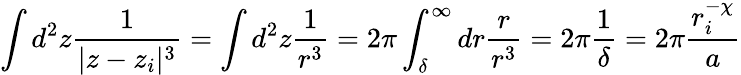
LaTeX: \int d^{2}z\frac{1}{|z-z_{i}|^{3}}=\int d^{2}z\frac{1}{r^{3}}=2\pi\int_{\delta}^{\infty}dr\frac{r}{r^{3}}=2\pi\frac{1}{\delta}=2\pi\frac{r_{i}^{-\chi}}{a}